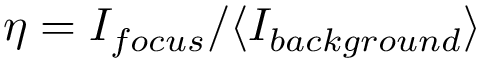
\eta = I _ { f o c u s } / \langle I _ { b a c k g r o u n d } \rangle